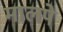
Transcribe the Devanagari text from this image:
मालपे